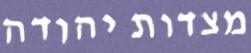
מצדות יהודה